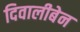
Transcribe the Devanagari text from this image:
दिवालीबेन